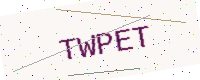
Text: TWPET